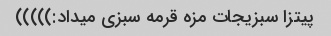
پیتزا سبزیجات مزه قرمه سبزی میداد:)))))